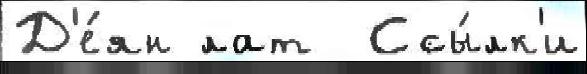
Д'е́ян лат  Ссы́лк'и